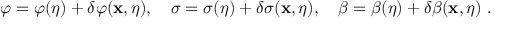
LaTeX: \varphi = \varphi ( \eta ) + \delta \varphi ( { \bf x } , \eta ) , ~ ~ ~ \sigma = \sigma ( \eta ) + \delta \sigma ( { \bf x } , \eta ) , ~ ~ ~ \beta = \beta ( \eta ) + \delta \beta ( { \bf x } , \eta ) \ .